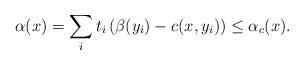
LaTeX: \begin{align*} \alpha(x) = \sum_i t_i \left(\beta(y_i)- c(x, y_i) \right)\le \alpha_c(x). \end{align*}